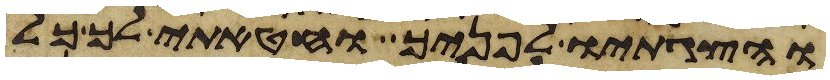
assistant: והצגתיו לפניך וחטאתי לך כל